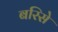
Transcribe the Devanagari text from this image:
बरिसे